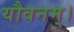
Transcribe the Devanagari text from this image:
यौवनम्।